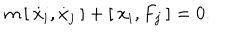
LaTeX: m \, [ \: \dot { x } _ { i } , \dot { x } _ { j } \: ] + [ \: x _ { i } , F _ { j } \: ] = 0 .